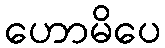
ဟောမိပေ